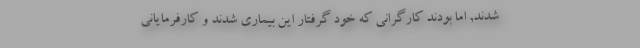
شدند, اما بودند کارگرانی که خود گرفتار این بیماری شدند و کارفرمایانی